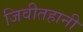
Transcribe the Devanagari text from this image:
जिवीतहानी